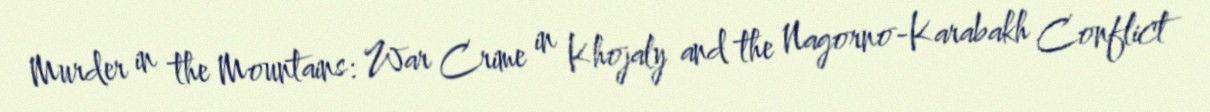
Murder in the Mountains: War Crime in Khojaly and the Nagorno-Karabakh Conflict